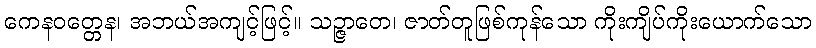
ကေနဝတ္တေန၊ အဘယ်အကျင့်ဖြင့်။ သဉ္ဇာတေ၊ ဇာတ်တူဖြစ်ကုန်သော ကိုးကျိပ်ကိုးယောက်သော